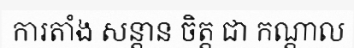
ការតាំង សន្តាន ចិត្ត ជា កណ្តាល